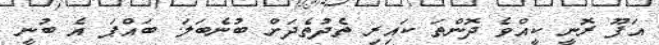
އަފޫ ރޮނީ ކީއްވެ ދޮންތަ ކައިރި ތެދުތެދަށް ބުނެބަލަ. ބައްޕަ އެ ބުނީ